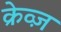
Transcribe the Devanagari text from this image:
क्रेव्ज़